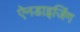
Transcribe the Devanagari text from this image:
ऐनडाइजिंग